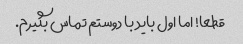
قطعا! اما اول باید با دوستم تماس بگیرم.